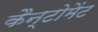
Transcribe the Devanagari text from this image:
कैन्‍टोमेंट